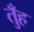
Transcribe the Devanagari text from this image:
तुँह